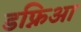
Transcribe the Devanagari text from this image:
डफ्निआ